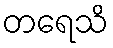
တရေသိ